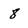
Character: 8